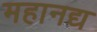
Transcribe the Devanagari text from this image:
महानद्य